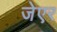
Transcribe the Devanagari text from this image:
जेएर